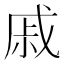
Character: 戚